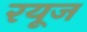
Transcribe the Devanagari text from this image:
रयूज